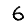
Digit: 6